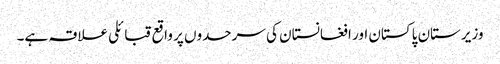
وزیرستان پاکستان اور افغانستان کی سرحدوں پر واقع قبائلی علاقہ ہے۔